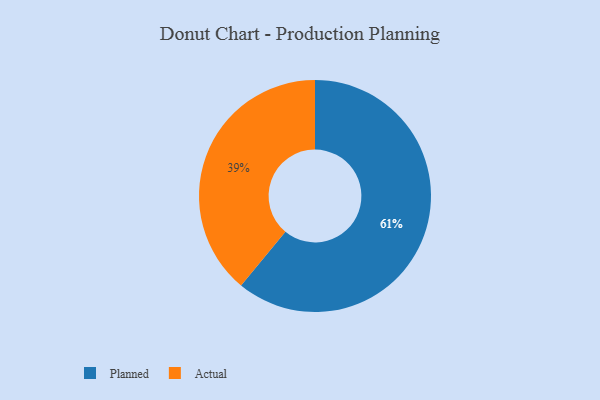
{"axis": {"x": "Category", "y": "Percentage"}, "legend": ["Actual", "Planned"], "data": [{"x": "Planned", "y": 61, "type": "Planned"}, {"x": "Actual", "y": 39, "type": "Actual"}]}